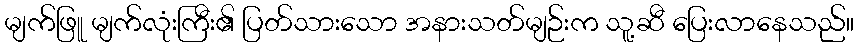
မျက်ဖြူ မျက်လုံးကြီး၏ ပြတ်သားသော အနားသတ်မျဉ်းက သူ့ဆီ ပြေးလာနေသည်။